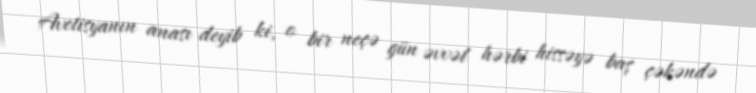
Avetisyanın anası deyib ki, o bir neçə gün əvvəl hərbi hissəyə baş çəkəndə